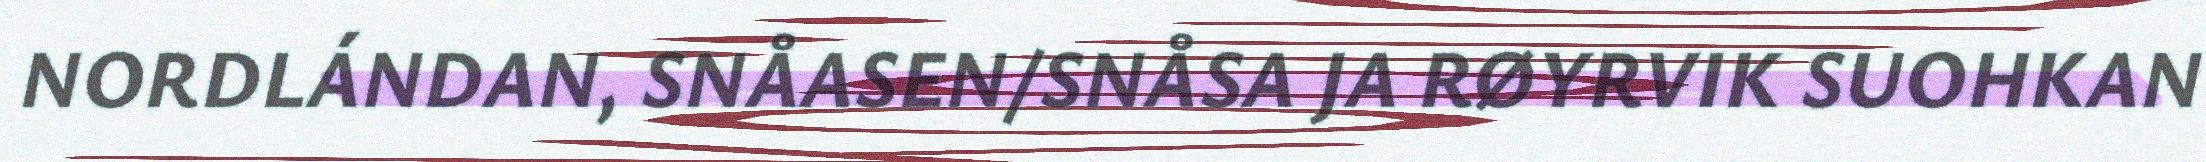
NORDLÁNDAN, SNÅASEN/SNÅSA JA RØYRVIK SUOHKAN